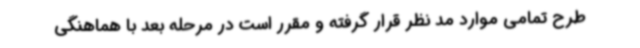
طرح تمامی موارد مد نظر قرار گرفته و مقرر است در مرحله بعد با هماهنگی